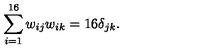
\sum _ { i = 1 } ^ { 1 6 } w _ { i j } w _ { i k } = 1 6 \delta _ { j k } .